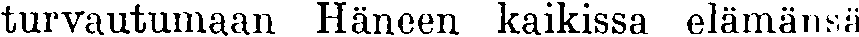
turvautumaan Häneen kaikissa elämänsä